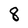
Character: 8